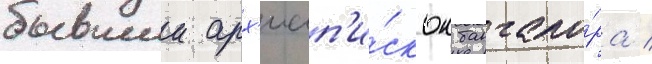
бывшии арх'иеп'и́скоп бангало́ра /